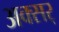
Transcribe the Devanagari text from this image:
अक्सर्